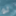
لو